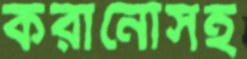
করানোসহ